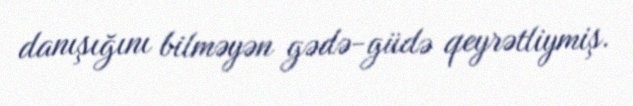
danışığını bilməyən gədə-güdə qeyrətliymiş.